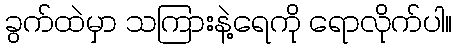
ခွက်ထဲမှာ သကြားနဲ့ရေကို ရောလိုက်ပါ။